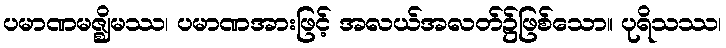
ပမာဏမဇ္ဈိမဿ၊ ပမာဏအားဖြင့် အလယ်အလတ်၌ဖြစ်သော။ ပုရိသဿ၊